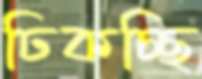
ঢিকচ্ছি